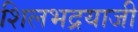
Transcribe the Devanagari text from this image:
शिलभद्रयाजी